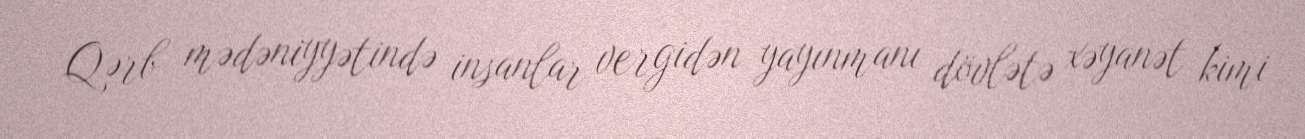
Qərb mədəniyyətində insanlar vergidən yayınmanı dövlətə xəyanət kimi